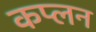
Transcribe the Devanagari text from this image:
कप्लन